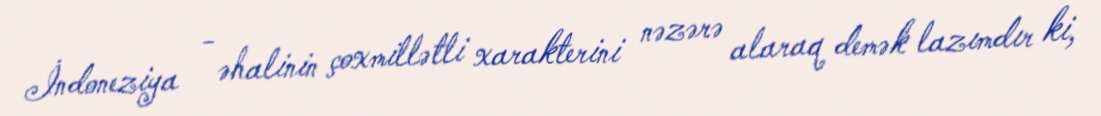
İndoneziya - əhalinin çoxmillətli xarakterini nəzərə alaraq demək lazımdır ki,